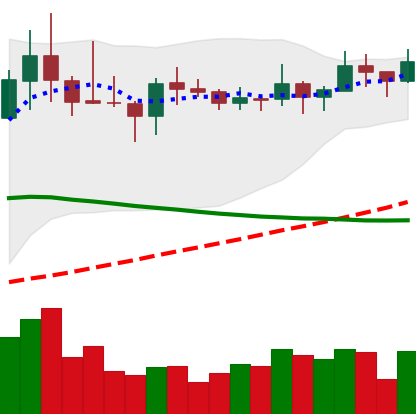
Ticker: LINK-USD
Chart end date: 2019-11-12
Forward return: 4.049%
Label: up_3_5